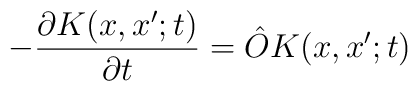
-{{\partial K(x,x';t)}\over{\partial t}} = {\hat O}K(x, x';t)